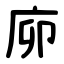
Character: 㡻